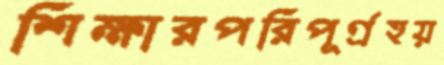
শিক্ষারপরিপূর্ণ্রহয়